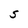
Character: S